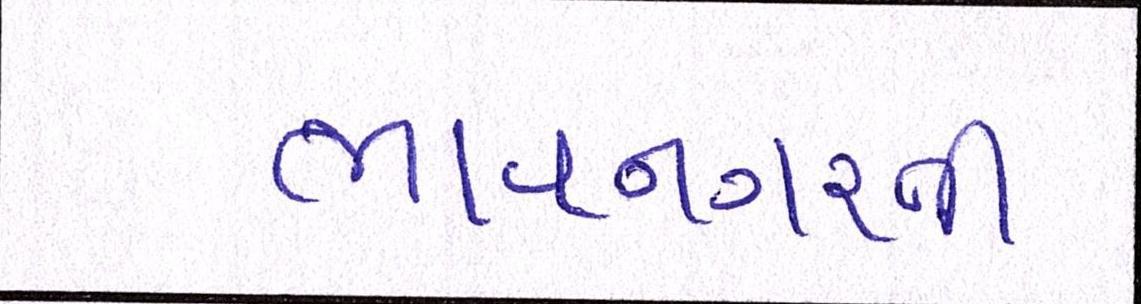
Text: ભાવનગરની